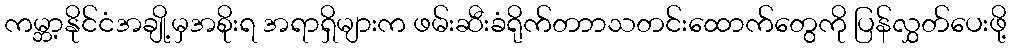
ကမ္ဘာ့နိုင်ငံအချို့မှအစိုးရ အရာရှိများက ဖမ်းဆီးခံရိုက်တာာသတင်းထောက်တွေကို ပြန်လွှတ်ပေးဖို့